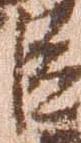
臣